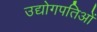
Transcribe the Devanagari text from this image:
उद्योगपतिओं